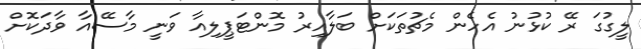
ލީގުގަ ރޭ ކުޅުނު އެހެން މެޗުތަކަށް ބަލާއިރު މޮންޓަޕީލިއާ ވަނީ މާސޭއާ ވާދަކޮށް